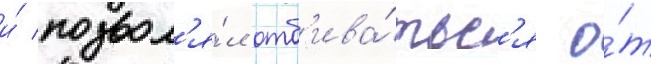
и́ позвол'я́л отб'ива́тьс'я о́т